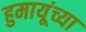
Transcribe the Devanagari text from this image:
हुमायूंच्या